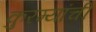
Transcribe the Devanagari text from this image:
कुरम्यांची